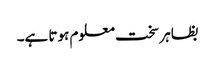
بظاہر سخت معلوم ہوتا ہے۔